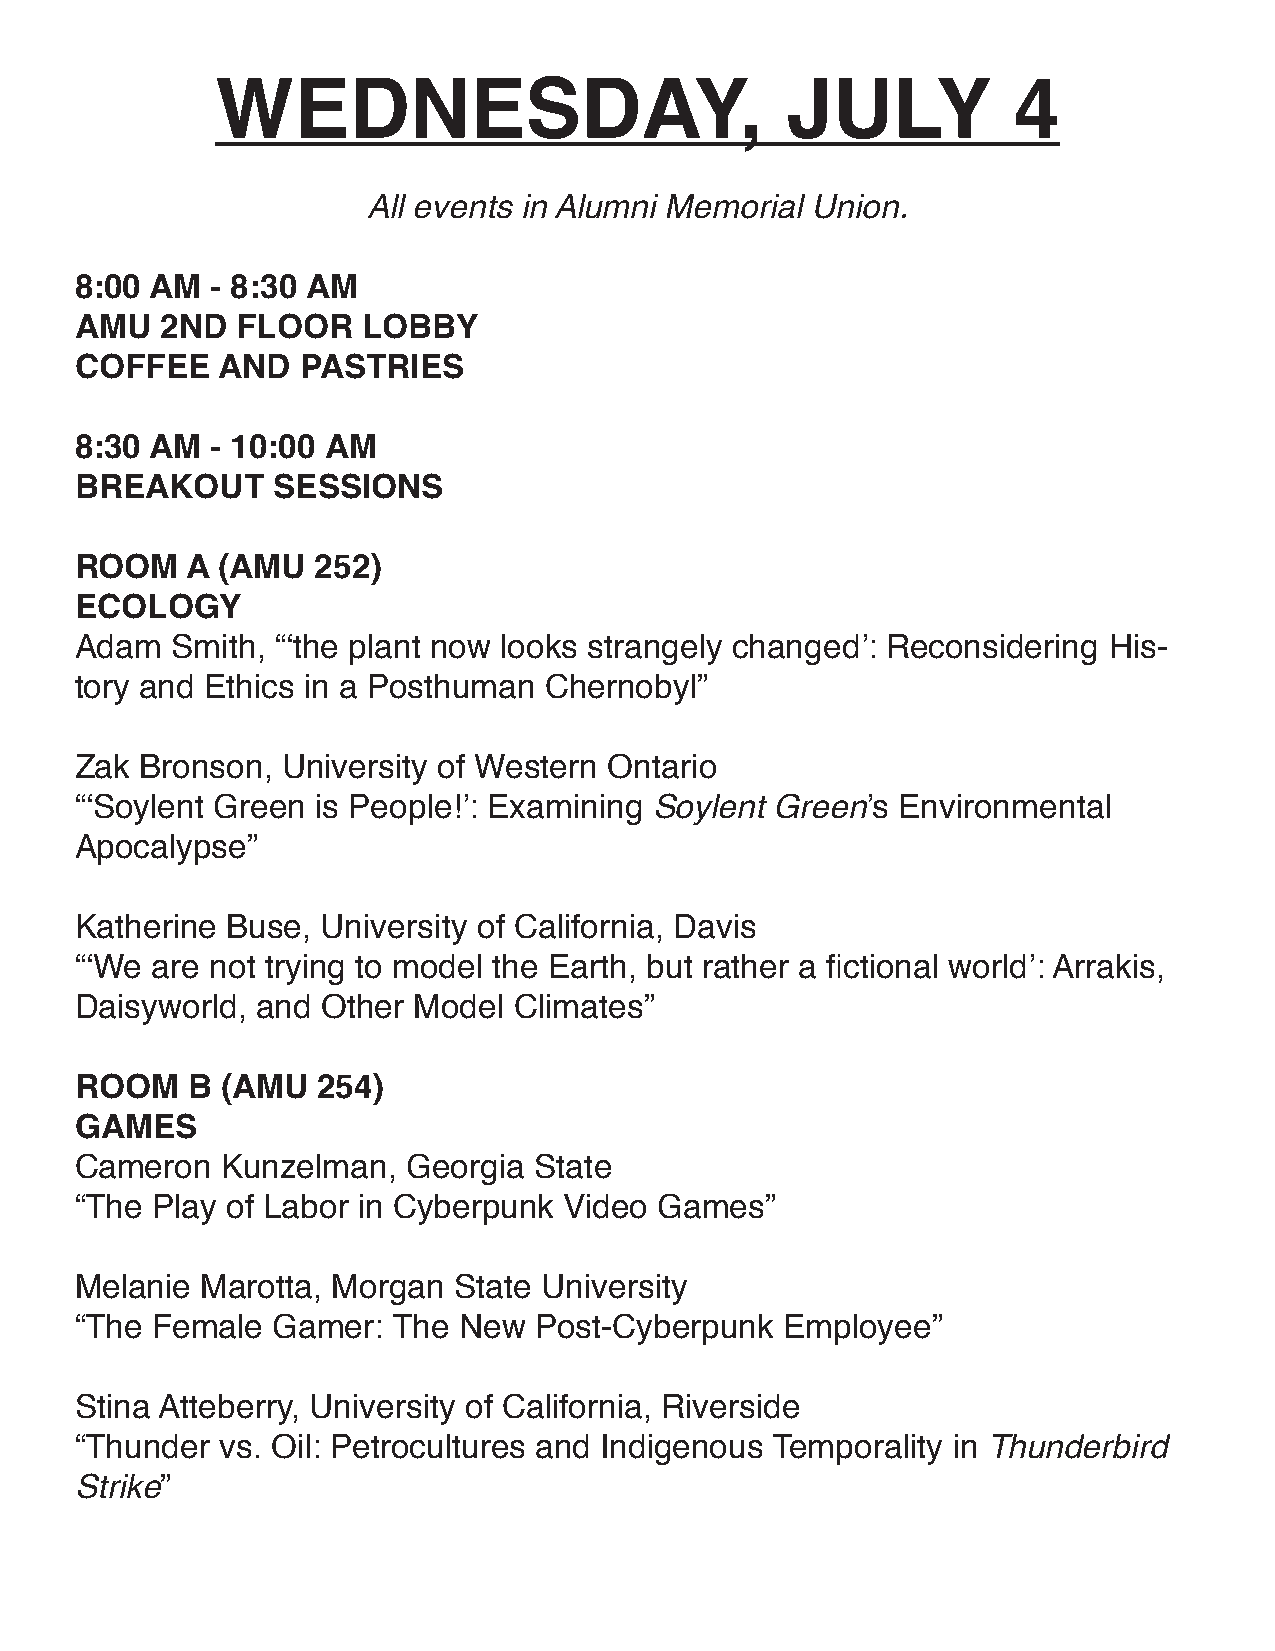
WEDNESDAY,                            JULY           4
 All events in Alumni Memorial Union.
 8:00 AM  - 8:30 AM
 AMU   2ND  FLOOR   LOBBY
 COFFEE   AND   PASTRIES
 8:30 AM  - 10:00 AM
 BREAKOUT     SESSIONS
 ROOM   A (AMU   252)
 ECOLOgY
 Adam  Smith, “‘the plant now looks strangely changed’: Reconsidering His-
 tory and Ethics in a Posthuman Chernobyl”
 Zak Bronson,  University of Western Ontario
 “‘Soylent Green is People!’: Examining Soylent Green’s Environmental
 Apocalypse”
 Katherine Buse, University of California, Davis
 “‘We are not trying to model the Earth, but rather a fictional world’: Arrakis,
 Daisyworld, and Other Model  Climates”
 ROOM   B  (AMU  254)
 gAMES
 Cameron   Kunzelman,  Georgia State
 “The Play of Labor in Cyberpunk Video  Games”
 Melanie Marotta, Morgan  State University
 “The Female  Gamer:  The New  Post-Cyberpunk   Employee”
 Stina Atteberry, University of California, Riverside
 “Thunder  vs. Oil: Petrocultures and Indigenous Temporality in Thunderbird
 Strike”